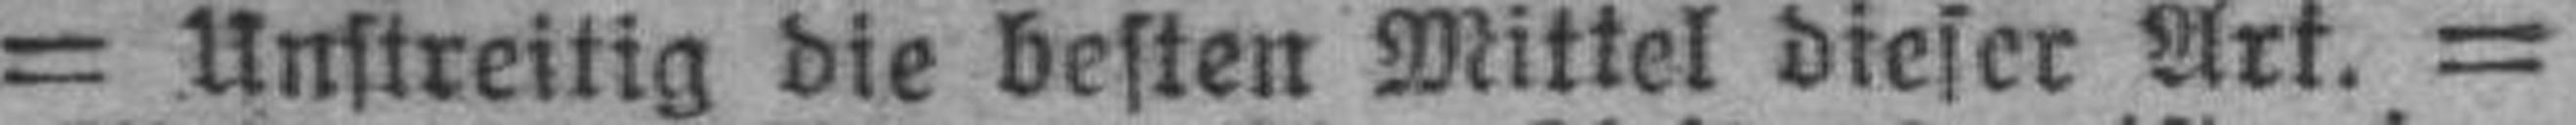
= Unstreitig die besten Mittel dieser Art. =